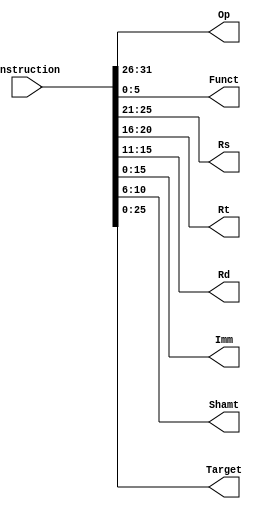
//
module Decoder(Instruction,Op,Funct,Rs,Rt,Rd,Imm,Shamt,Target);

//Control
input [31:0] Instruction;						
output [5:0] Op;
output [5:0] Funct;								
output [4:0] Rs;
output [4:0] Rt;
output [4:0] Rd;
output [4:0] Shamt;					
output [15:0] Imm;								
output [25:0] Target;	

//
assign {Op,Rs,Rt,Rd,Shamt,Funct}=Instruction;
assign Imm=Instruction[15:0];
assign Target=Instruction[25:0];

endmodule